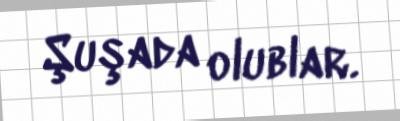
Şuşada olublar.